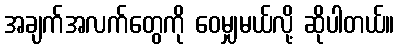
အချက်အလက်တွေကို ဝေမျှမယ်လို့ ဆိုပါတယ်။